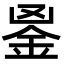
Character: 𨥢